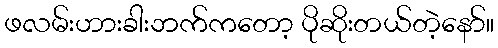
ဖလမ်းဟားခါးဘက်ကတော့ ပိုဆိုးတယ်တဲ့နော်။